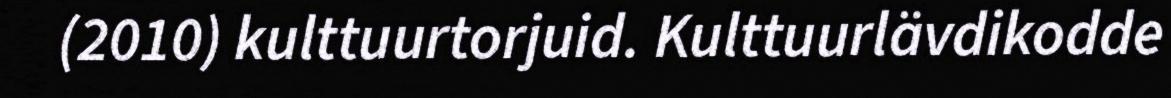
(2010) kulttuurtorjuid. Kulttuurlävdikodde